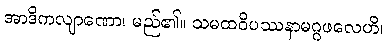
အာဒိကလျာဏော၊ မည်၏။ သမထဝိပဿနာမဂ္ဂဖလေဟိ၊